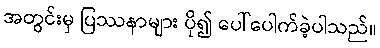
အတွင်းမှ ပြဿနာများ ပို၍ ပေါ်ပေါက်ခဲ့ပါသည်။